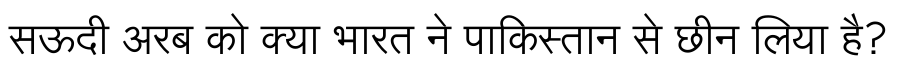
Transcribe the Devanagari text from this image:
सऊदी अरब को क्या भारत ने पाकिस्तान से छीन लिया है?